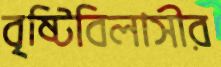
বৃষ্টিবিলাসীর